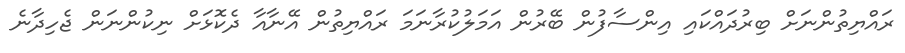
ރައްޔިތުންނަށް ބިރުދައްކައި އިންސާފުން ބޭރުން އަމަލުކުރާނަމަ ރައްޔިތުން އޭނާއާ ދެކޮޅަށް ނިކުންނަން ޖެހިދާނެ